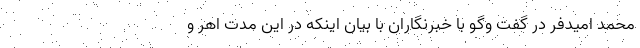
محمد امیدفر در گفت وگو با خبرنگاران با بیان اینکه در این مدت اهر و